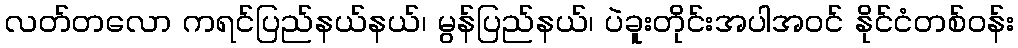
လတ်တလော ကရင်ပြည်နယ်နယ်၊ မွန်ပြည်နယ်၊ ပဲခူးတိုင်းအပါအဝင် နိုင်ငံတစ်ဝန်း